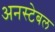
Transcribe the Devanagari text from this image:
अनस्टेबल